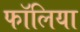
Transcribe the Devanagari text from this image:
फॉलिया